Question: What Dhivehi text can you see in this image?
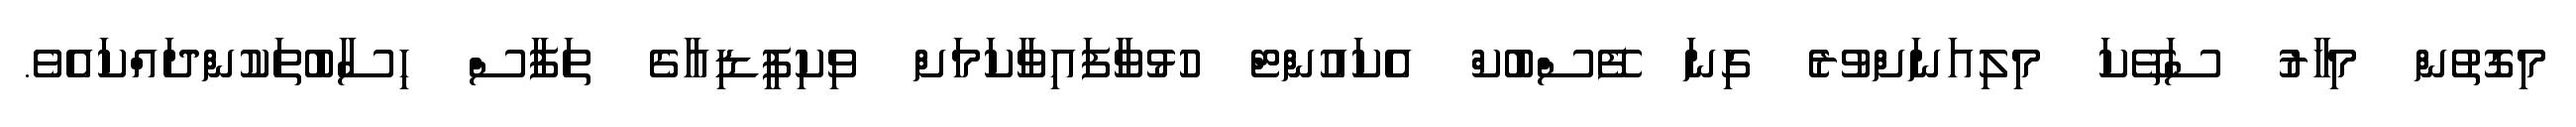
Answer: މިގޮތުން މިހާރު ސަތޭކަ މިލިއަނަށްވުރެ ގިނަ ފޭސްބުކް އެކައުންޓް ހުޅުވާފައިވާކަމަށް ވިކިޕީޑިއާގެ ތަފާސް ހިސާބުތަކުންދައްކައެވެ.